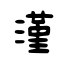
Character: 漌